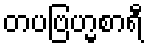
တပဗြဟ္မစာရီ